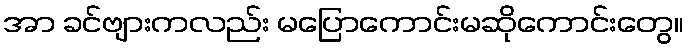
အာ ခင်ဗျားကလည်း မပြောကောင်းမဆိုကောင်းတွေ။